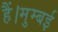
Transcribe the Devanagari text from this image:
हैं।मुम्बई